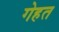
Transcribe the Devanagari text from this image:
गेहत